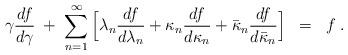
LaTeX: \begin{align*}\gamma \frac{df}{d\gamma} \; + \; \sum_{n=1}^\infty\Big[ \lambda_n \frac{df}{d\lambda_n} +\kappa_n \frac{df}{d \kappa_n} + \bar{\kappa}_n\frac{df}{d \bar{\kappa}_n} \Big] \; \; = \; \; f \; .\end{align*}